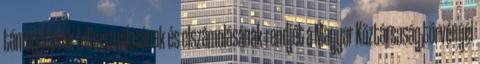
támogatások felhasználásának és elszámolásának rendjét a Magyar Köztársaság törvényei